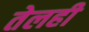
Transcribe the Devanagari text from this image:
तेलही